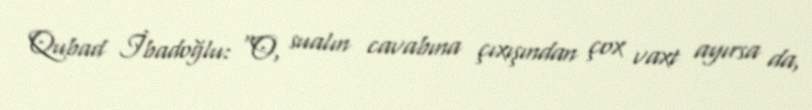
Qubad İbadoğlu: “O, sualın cavabına çıxışından çox vaxt ayırsa da,